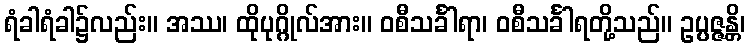
ရံခါရံခါ၌လည်း။ အဿ၊ ထိုပုဂ္ဂိုလ်အား။ ဝစီသင်္ခါရာ၊ ဝစီသင်္ခါရတို့သည်။ ဥပ္ပဇ္ဇန္တိ၊